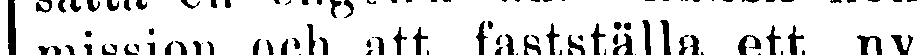
mission och att fastställa ett ny